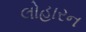
લોહારન